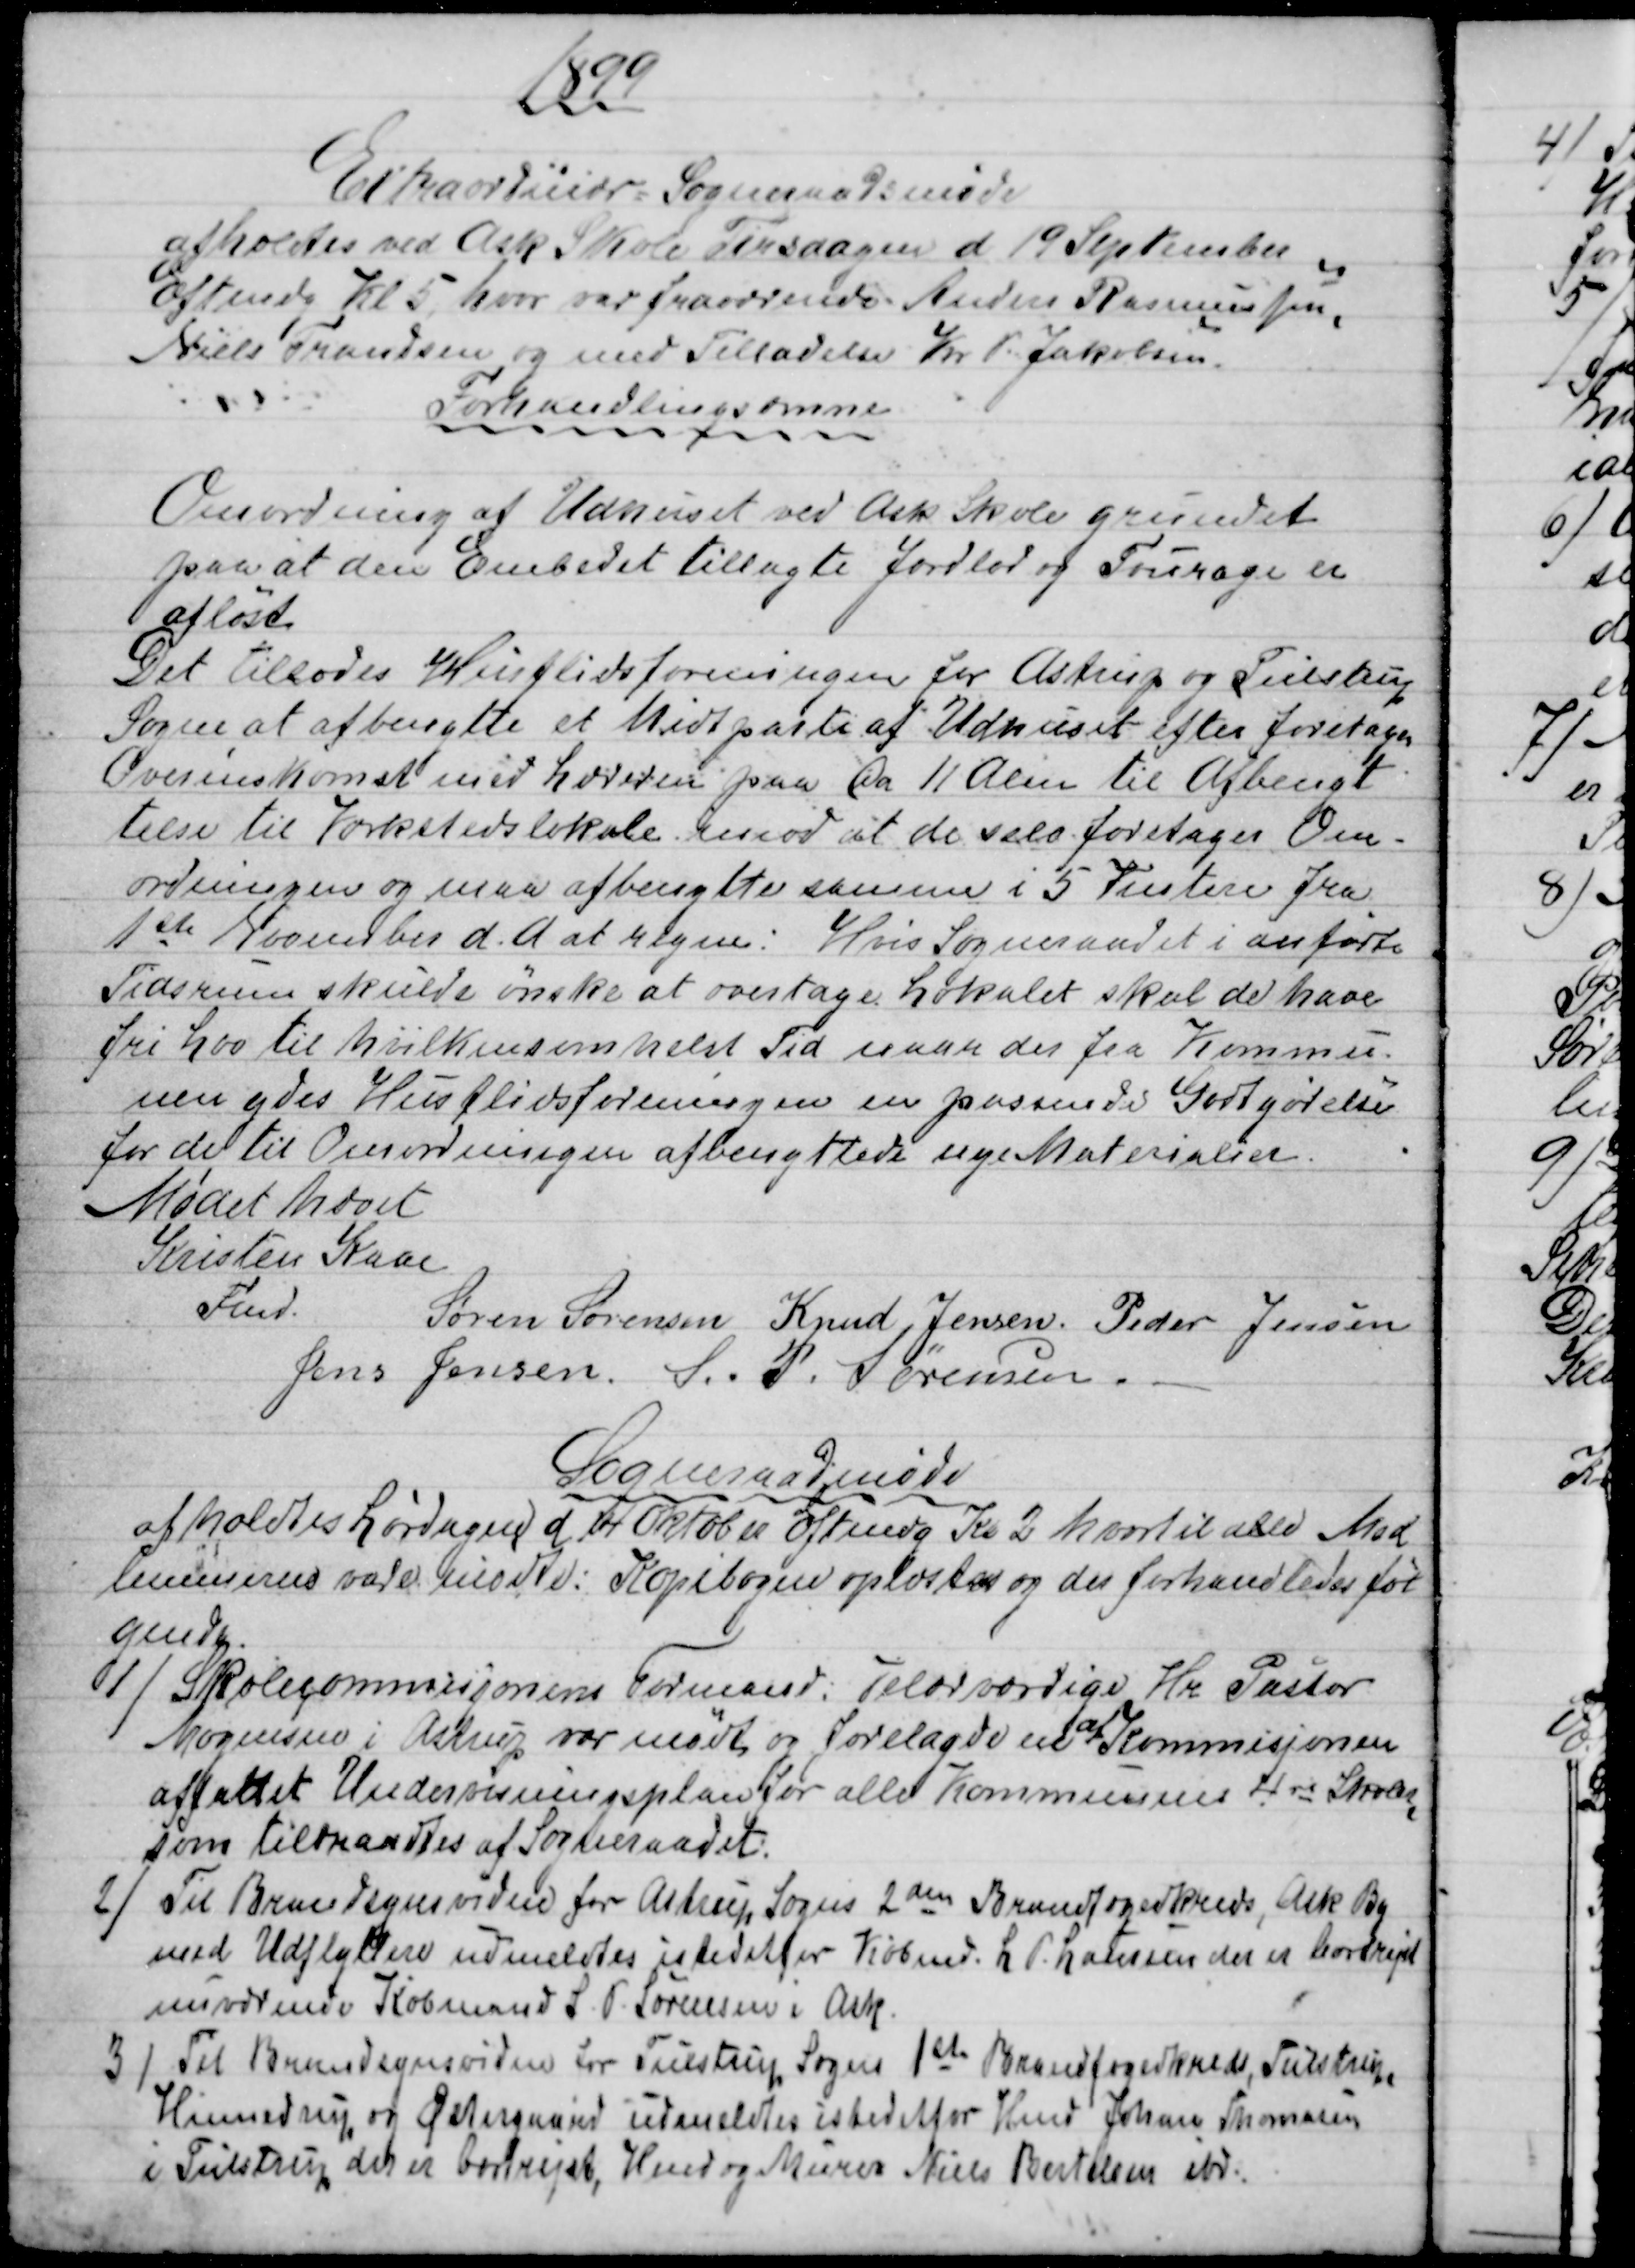
Transskription:
1899
Extraordinær Sogneraadsmøde
afholdtes ved Ask Skole Tirsdagen d 19 September
Eftmdg Kl 5 hvor var fraværende Anders Rasmussen,
Niels Frandsen og med Tilladelse Kr P. Jakobsen.
Forhandlingsemne
Omordning af Udhuset ved Ask Skole grundet
paa at den Embedet tillagte Jordlod ag Fourage er
afløst.
Det tillodes Husflidsforeningen for Astrup og Tulstrup
Sogne at afbenytte et Midtparti af Udhuset efter foretagen
Overenskomst med Læreren paa Ca 11 Alen til Afbenyt
telse til Værkstedslokale imod at de selv foretager Om-
ordningen og maa afbenytte samme i 5 Vintere fra
1ste November d. A. at regne. Hvis Sogneraadet i anførte
Tidsrum skulde ønske at overtage Lokalet skal de have
fri Lov til hvilkensomhelst Tid naar der fra Kommu-
nen ydes Husflidsforeningen en passende Godtgørelse
for de til Omordningen afbenyttede nye Materialier.
Mødet hævet
Kristen Kaae
Fmd.
Søren Sørensen  Knud Jensen, Peder Jensen
Jens Jensen  S. P. Sørensen
Sogneraadsmøde
afholdtes Lørdagen d. 14 Oktober Eftmdg Kl 2 hvortil alle Med
lemmerne vare mødte: Kopibogen oplæstes og der forhandledes føl
gende.
1)
Skolecommisjonens Formand: Velærværdige Hr Pastor
Mogensen i Astrup var mødt og forelagde en 
af
Kommisjonen
affattet Undervisningsplan for alle Kommunens 4re Skoler
,
som tiltraadtes af Sogneraadet.
2)
Til Brandsynsvidne for Astrup Sogns 2den Brandfogedkreds, Ask By
med Udflyttere udmeldtes istedetfor Købmd. L. P. Laursen der er bortrejst
nuværende Købmand S. P. Sørensen i Ask.
3) 
Til Brandsynsvidne for Tulstrup Sogns 1ste Brandfogedkreds, Tulstrup,
Hinnedrup og Østergaard udmeldtes istedetfor Hmd Johan Thomasen
i Tulstrup, der er bortrejst, Hmd og Murer Niels Bertelsen ibd.